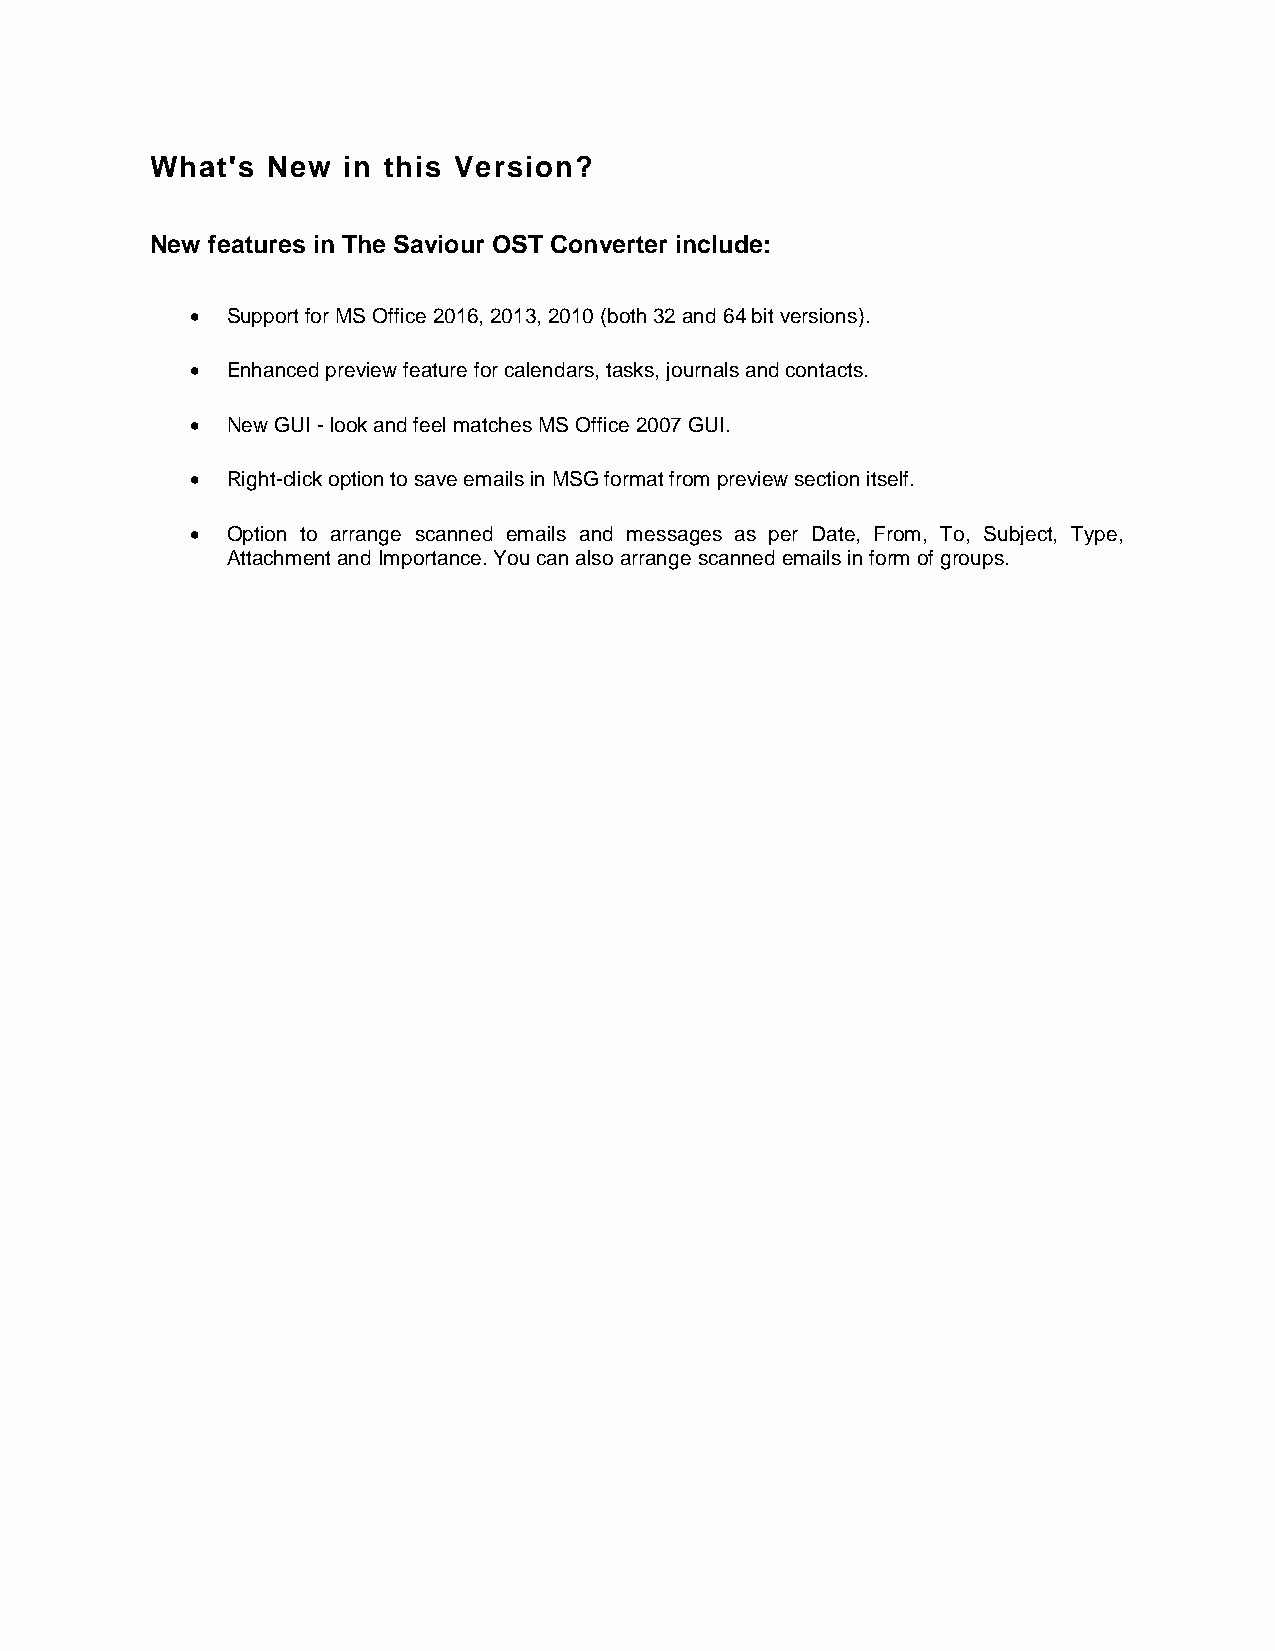
What's  New  in this Version?
 New features in The Saviour OST Converter include:
  Support for MS Office 2016, 2013, 2010 (both 32 and 64 bit versions).
  Enhanced preview feature for calendars, tasks, journals and contacts.
  New GUI - look and feel matches MS Office 2007 GUI.
  Right-click option to save emails in MSG format from preview section itself.
  Option to arrange scanned emails and messages as per Date, From, To, Subject, Type,
 Attachment and Importance. You can also arrange scanned emails in form of groups.